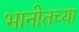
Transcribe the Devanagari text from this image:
भानोतच्या